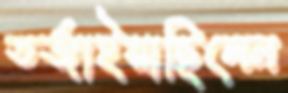
তর্জাইয়াছিলেন